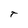
Character: T